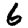
Digit: 6